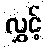
လွှင့်